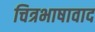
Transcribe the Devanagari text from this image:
चित्रभाषावाद